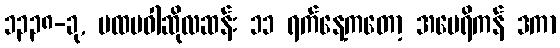
၁၃၃၈-ခု, ပထမဝါဆိုလဆန်း ၁၁ ရက်နေ့ကတော့ အမေရိကန် ဒကာ